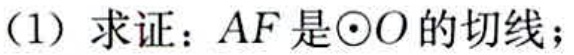
(1) 求证：\(AF\)是\(\odot O\)的切线；